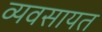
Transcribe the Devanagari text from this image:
व्यवसायत